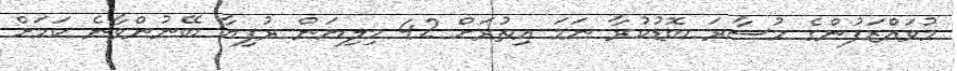
މުވައްޒަފުންގެ މުސާރަ ބޮޑުކުރާ ނަމަ އިތުރަށް 42 މިލިޔަން ރުފިޔާ ބޭނުންވާނެ ކަމަށް